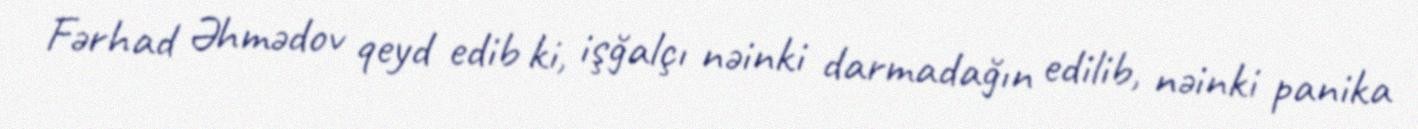
Fərhad Əhmədov qeyd edib ki, işğalçı nəinki darmadağın edilib, nəinki panika